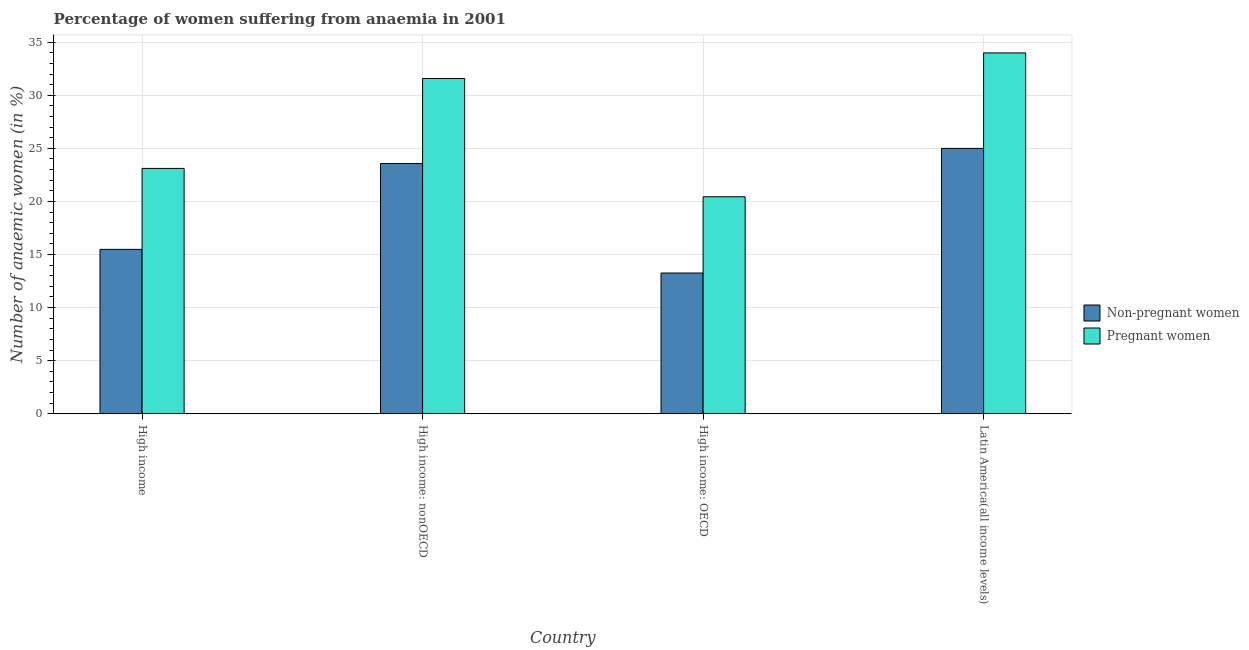
| Country | Non-pregnant women | Pregnant women |
 | --- | --- | --- |
 | High income | 15.5 | 23.1 |
 | High income: nonOECD | 23.6 | 31.6 |
 | High income: OECD | 13.3 | 20.4 |
 | Latin America(all income levels) | 25 | 34 |